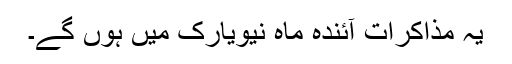
یہ مذاکرات آئندہ ماہ نیویارک میں ہوں گے۔